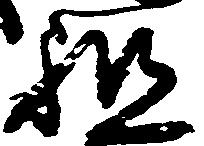
祖